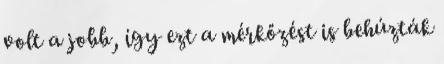
volt a jobb, így ezt a mérkőzést is behúzták